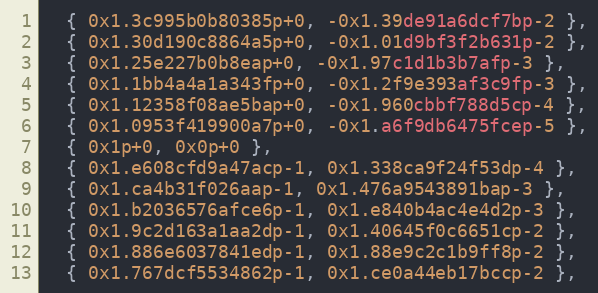
Language: C
  { 0x1.3c995b0b80385p+0, -0x1.39de91a6dcf7bp-2 },
  { 0x1.30d190c8864a5p+0, -0x1.01d9bf3f2b631p-2 },
  { 0x1.25e227b0b8eap+0, -0x1.97c1d1b3b7afp-3 },
  { 0x1.1bb4a4a1a343fp+0, -0x1.2f9e393af3c9fp-3 },
  { 0x1.12358f08ae5bap+0, -0x1.960cbbf788d5cp-4 },
  { 0x1.0953f419900a7p+0, -0x1.a6f9db6475fcep-5 },
  { 0x1p+0, 0x0p+0 },
  { 0x1.e608cfd9a47acp-1, 0x1.338ca9f24f53dp-4 },
  { 0x1.ca4b31f026aap-1, 0x1.476a9543891bap-3 },
  { 0x1.b2036576afce6p-1, 0x1.e840b4ac4e4d2p-3 },
  { 0x1.9c2d163a1aa2dp-1, 0x1.40645f0c6651cp-2 },
  { 0x1.886e6037841edp-1, 0x1.88e9c2c1b9ff8p-2 },
  { 0x1.767dcf5534862p-1, 0x1.ce0a44eb17bccp-2 },